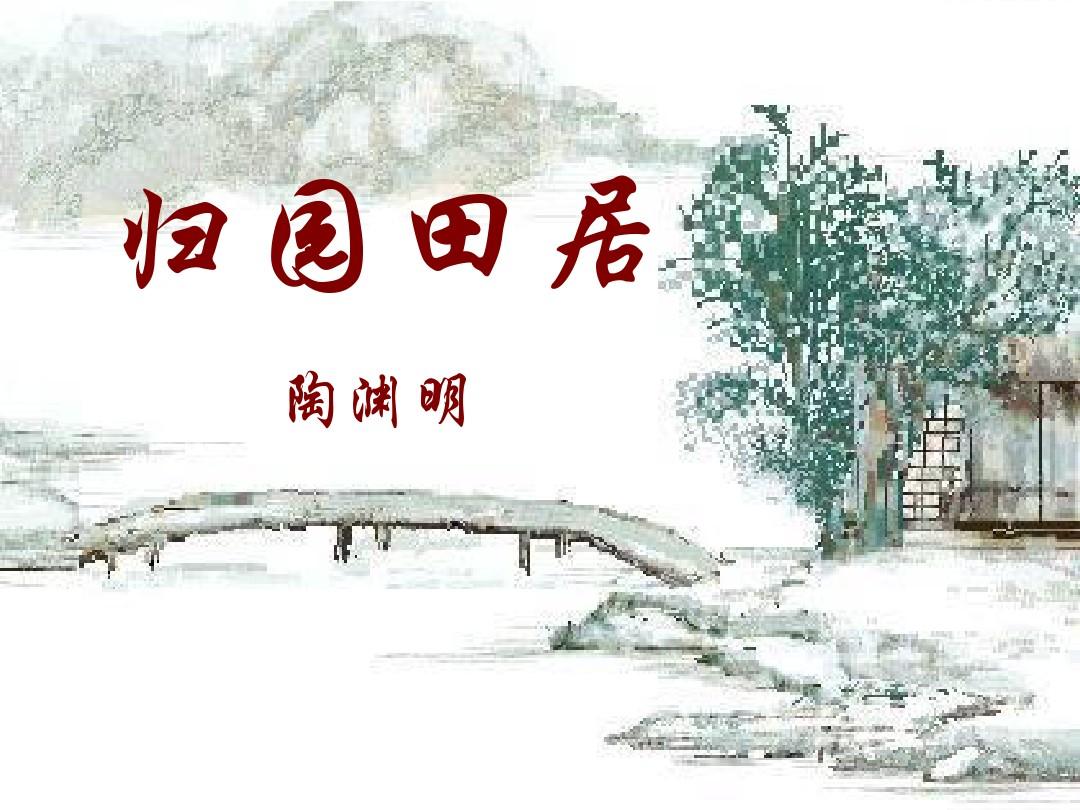
居移气，养移体。